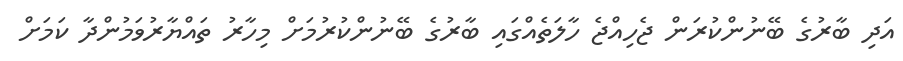
އަދި ބާރުގެ ބޭނުންކުރަން ޖެހިއްޖެ ހާލަތެއްގައި ބާރުގެ ބޭނުންކުރުމަށް މިހާރު ތައްޔާރުވަމުންދާ ކަމަށް